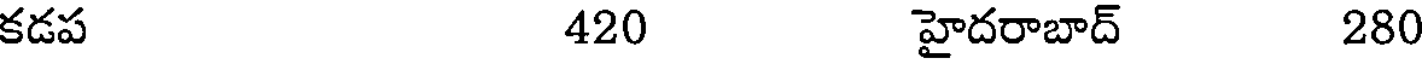
కడప 420 హైదరాబాద్ 280